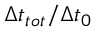
\Delta t _ { t o t } / \Delta t _ { 0 }